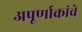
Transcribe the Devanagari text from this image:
अपूर्णाकांचे